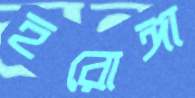
হরোঙ্গা